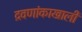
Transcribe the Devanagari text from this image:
द्रवणांकाखाली